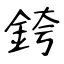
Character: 銙